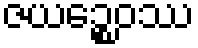
ဇယဉ္စေဝဿ